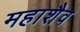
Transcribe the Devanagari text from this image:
महाशैव